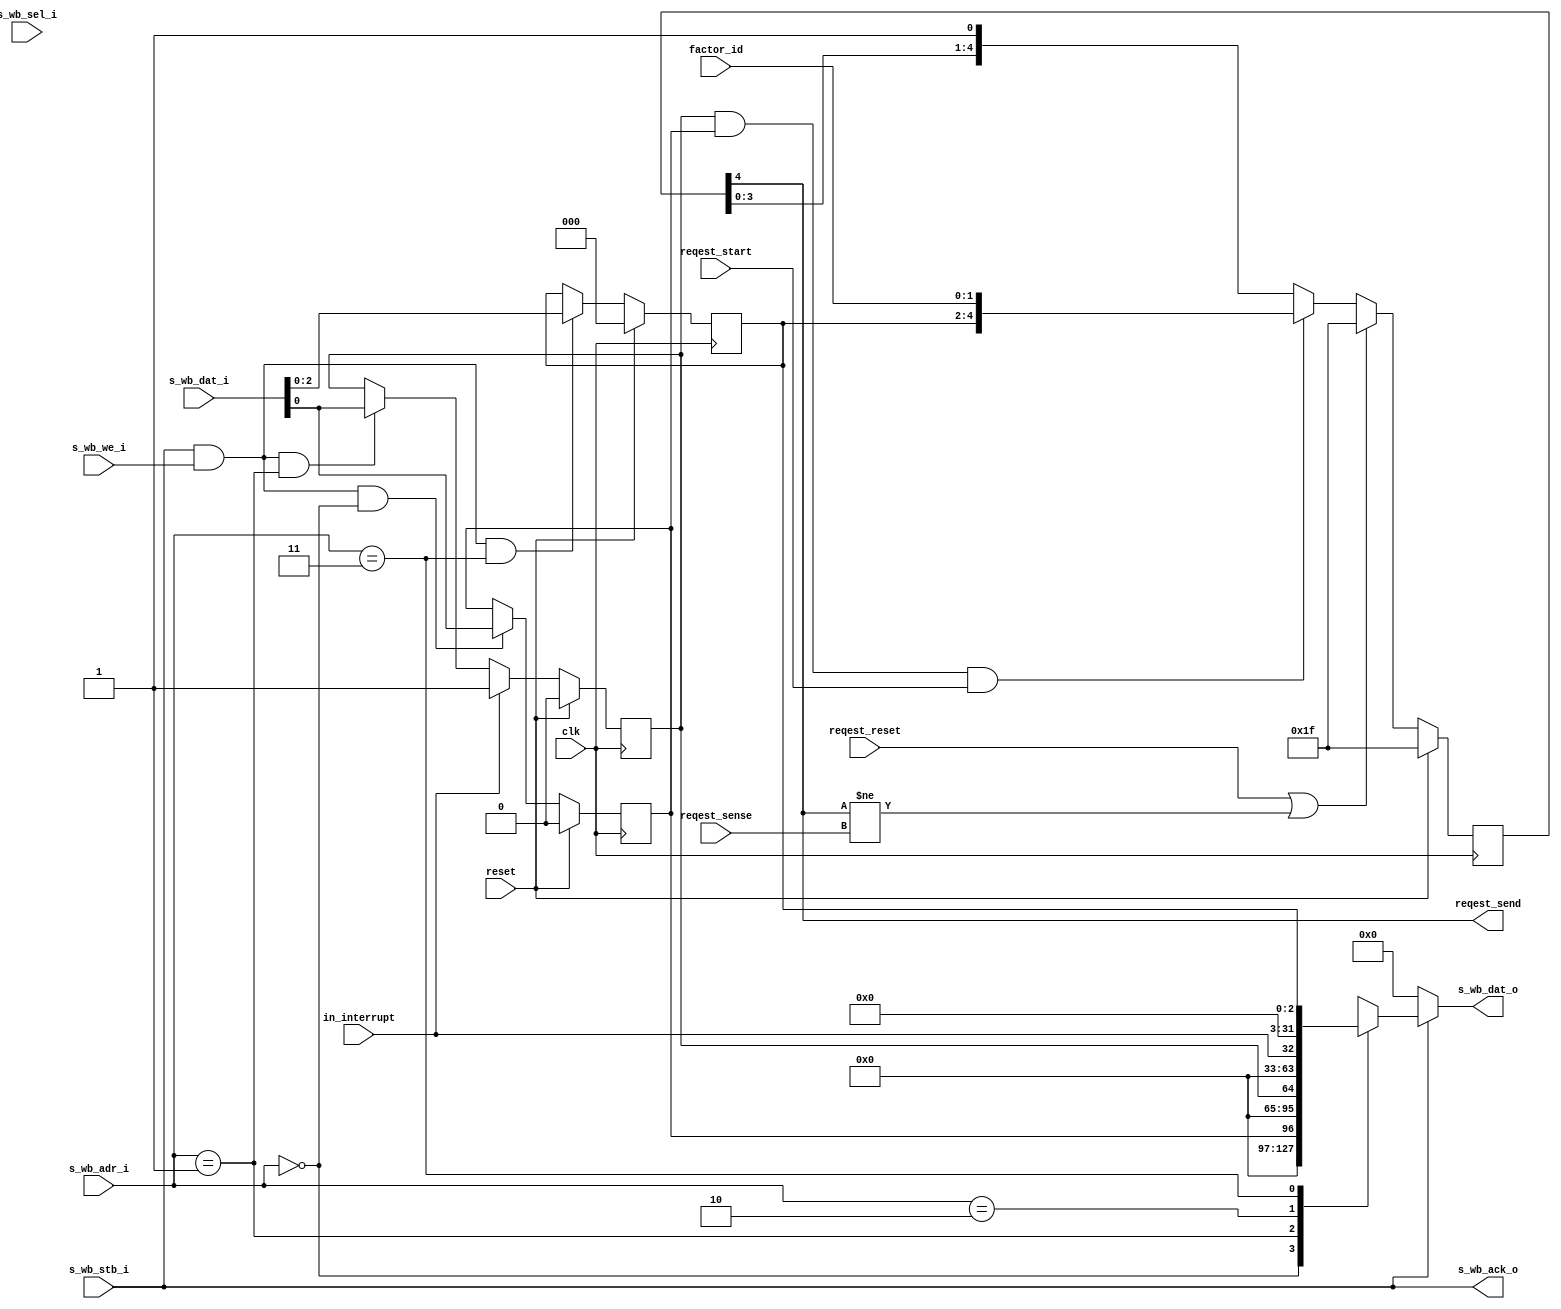
// ---------------------------------------------------------------------------
//  Jelly  -- The platform for real-time computing
//
//                                 Copyright (C) 2008-2015 by Ryuji Fuchikami
//                                 https://github.com/ryuz/jelly.git
// ---------------------------------------------------------------------------



`timescale 1ns / 1ps
`default_nettype none



module jelly_irc_factor
        #(
            parameter FACTOR_ID_WIDTH = 2,
            parameter PRIORITY_WIDTH  = 3,
            
            parameter WB_ADR_WIDTH    = 2,
            parameter WB_DAT_WIDTH    = 32,
            parameter WB_SEL_WIDTH    = (WB_DAT_WIDTH / 8)
        )
        (
            // system
            input   wire                            reset,
            input   wire                            clk,
            
            input   wire    [FACTOR_ID_WIDTH-1:0]   factor_id,
            
            // interrupt
            input   wire                            in_interrupt,
            
            // request
            input   wire                            reqest_reset,
            input   wire                            reqest_start,
            output  wire                            reqest_send,
            input   wire                            reqest_sense,
            
            // control port (wishbone)
            input   wire    [1:0]                   s_wb_adr_i,
            output  reg     [WB_DAT_WIDTH-1:0]      s_wb_dat_o,
            input   wire    [WB_DAT_WIDTH-1:0]      s_wb_dat_i,
            input   wire                            s_wb_we_i,
            input   wire    [WB_SEL_WIDTH-1:0]      s_wb_sel_i,
            input   wire                            s_wb_stb_i,
            output  wire                            s_wb_ack_o
        );
    
    localparam  PACKET_WIDTH    = PRIORITY_WIDTH + FACTOR_ID_WIDTH;
    
    // registers
    reg                             reg_enable;
    reg                             reg_pending;
    reg     [PRIORITY_WIDTH-1:0]    reg_priority;
    
    // interrupt
    wire                            interrupt_assert;
    assign interrupt_assert = reg_pending & reg_enable;
    
    
    // request send
    reg     [PACKET_WIDTH-1:0]      send_packet;
    always @ ( posedge clk ) begin
        if ( reset ) begin
            send_packet  <= {PACKET_WIDTH{1'b1}};
        end
        else begin
            if ( reqest_reset | (reqest_send != reqest_sense) ) begin
                send_packet <= {PACKET_WIDTH{1'b1}};
            end
            else begin
                if ( interrupt_assert & reqest_start ) begin
                    send_packet  <= {reg_priority, factor_id};
                end
                else begin
                    send_packet  <= {send_packet, 1'b1};
                end
            end
        end
    end
    
    assign reqest_send = send_packet[PACKET_WIDTH-1];
    
    
    // registers
    always @ ( posedge clk ) begin
        if ( reset ) begin
            reg_enable    <= 1'b0;
            reg_pending   <= 1'b0;
            reg_priority  <= {PRIORITY_WIDTH{1'b0}};
        end
        else begin
            // enable
            if ( s_wb_stb_i & s_wb_we_i & (s_wb_adr_i == 0) ) begin
                reg_enable <= s_wb_dat_i[0];
            end
            
            // pending
            if ( in_interrupt ) begin
                reg_pending <= 1'b1;
            end
            else if ( s_wb_stb_i & s_wb_we_i & (s_wb_adr_i == 1) ) begin
                reg_pending <= s_wb_dat_i[0];
            end
            
            // priority
            if ( s_wb_stb_i & s_wb_we_i & (s_wb_adr_i == 3) ) begin
                reg_priority <= s_wb_dat_i;
            end
        end
    end
    
    
    // s_wb_dat_o
    always @* begin
        if ( s_wb_stb_i ) begin
            case ( s_wb_adr_i[1:0] )
            2'b00:      s_wb_dat_o <= reg_enable;           // enable
            2'b01:      s_wb_dat_o <= reg_pending;      // pending
            2'b10:      s_wb_dat_o <= in_interrupt;     // status
            2'b11:      s_wb_dat_o <= reg_priority;     // priority
            default:    s_wb_dat_o <= {WB_DAT_WIDTH{1'b0}};
            endcase
        end
        else begin
            s_wb_dat_o <= {WB_DAT_WIDTH{1'b0}};
        end
    end
    
    assign s_wb_ack_o = s_wb_stb_i;
    
endmodule



`default_nettype wire


// end of file